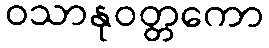
ဝသာနုဝတ္တကော